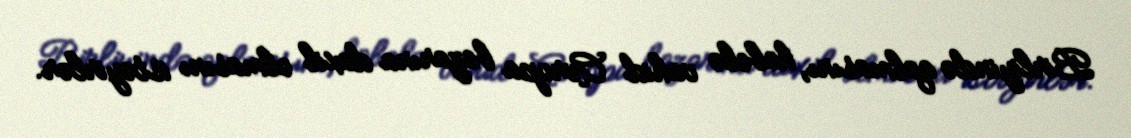
Birliyində qalmasını, habelə vahid Avropa bazarına daxil olmasını istəyirlər.